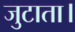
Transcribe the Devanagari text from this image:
जुटाता।